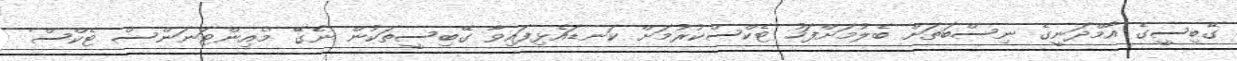
ގޭބިސީގެ އާމްދަނީގެ ނިސްބަތަށް ބެލުމަށްފަހު ޓެކްސްކުރުމަށް ކަނޑައެޅިފައިވާ ގޭބިސީތަކުން ނެގޭ 'މެއިންޓަނަންސް ޓެކްސް'